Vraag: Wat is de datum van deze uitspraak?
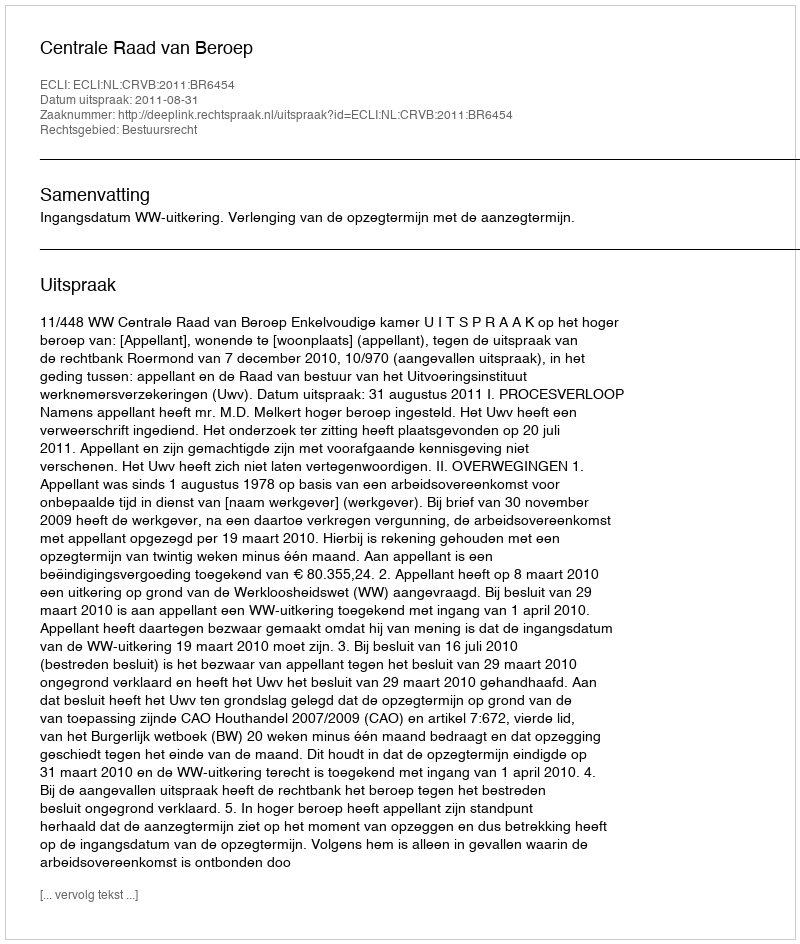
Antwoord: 2011-08-31